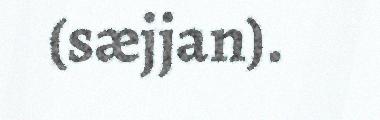
(sæjjan).